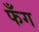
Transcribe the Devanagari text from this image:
फँग